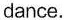
dance.